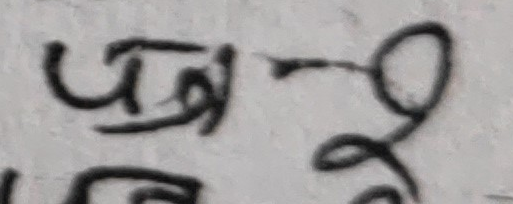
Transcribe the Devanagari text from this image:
पत्ररू